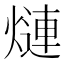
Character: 𬊿